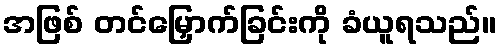
အဖြစ် တင်မြှောက်ခြင်းကို ခံယူရသည်။